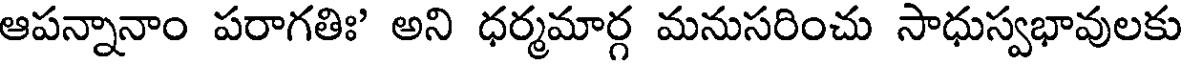
ఆపన్నానాం పరాగతిః' అని ధర్మమార్గ మనుసరించు సాధుస్వభావులకు